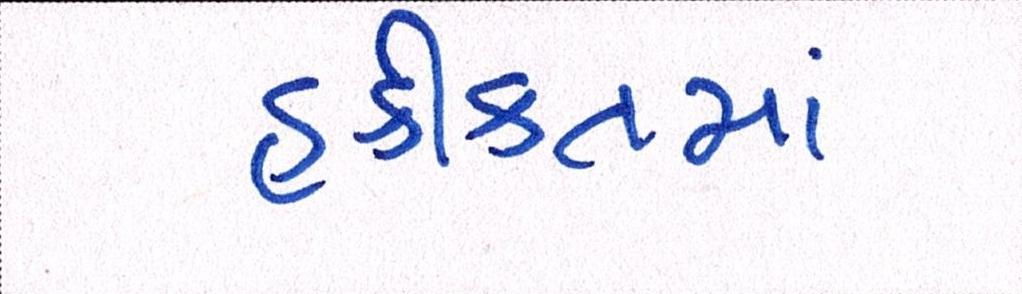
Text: હકીકતમાં